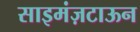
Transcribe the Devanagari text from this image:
साइमंज़टाऊन